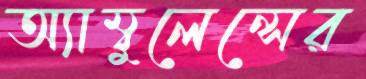
অ্যাম্বুলেন্সের